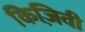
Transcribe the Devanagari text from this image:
किज़िवी